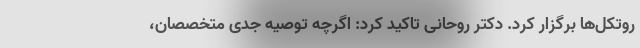
روتکل‌ها برگزار کرد. دکتر روحانی تاکید کرد: اگرچه توصیه جدی متخصصان،